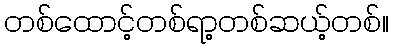
တစ်ထောင့်တစ်ရာ့တစ်ဆယ့်တစ်။